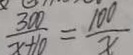
\frac { 3 0 0 } { x + 1 0 } = \frac { 1 0 0 } { x }